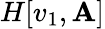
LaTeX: H[v_{1},\mathbf{A}]